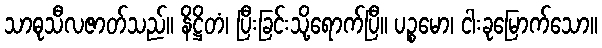
သာဓုသီလဇာတ်သည်။ နိဋ္ဌိတံ၊ ပြီးခြင်းသို့ရောက်ပြီ။ ပဉ္စမော၊ ငါးခုမြောက်သော။